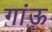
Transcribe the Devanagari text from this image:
गांऊ